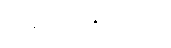
လူနာများအနေဖြင့်